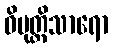
ဝိမုတ္တိသာရော